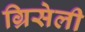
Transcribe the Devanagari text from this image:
ग्रिसेली